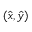
( \hat { x } , \hat { y } )